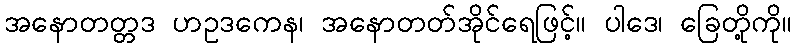
အနောတတ္တဒ ဟဥဒကေန၊ အနောတတ်အိုင်ရေဖြင့်။ ပါဒေ၊ ခြေတို့ကို။